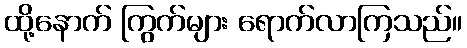
ထို့နောက် ကြွက်များ ရောက်လာကြသည်။